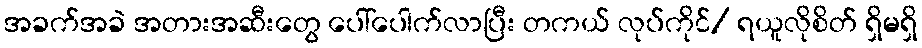
အခက်အခဲ အတားအဆီးတွေ ပေါ်ပေါက်လာပြီး တကယ် လုပ်ကိုင်/ ရယူလိုစိတ် ရှိမရှိ